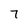
Character: 7